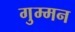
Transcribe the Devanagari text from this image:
गुम्मन